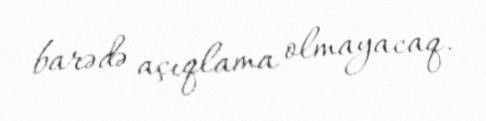
barədə açıqlama olmayacaq.